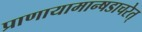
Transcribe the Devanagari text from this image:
प्राणायामान्षडाचरेत्